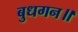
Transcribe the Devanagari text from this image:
बुधगन॥